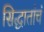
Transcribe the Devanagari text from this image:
सिद्धातांचं